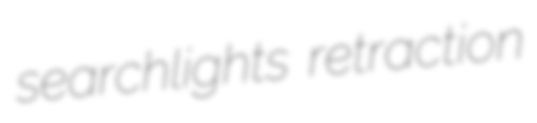
searchlights retraction